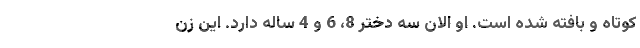
کوتاه و بافته شده است. او الان سه دختر 8، 6 و 4 ساله دارد. این زن